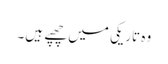
وہ تاریکی میں چھپے ہیں۔